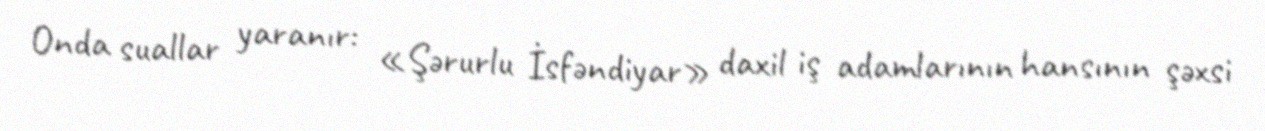
Onda suallar yaranır: «Şərurlu İsfəndiyar» daxil iş adamlarının hansının şəxsi